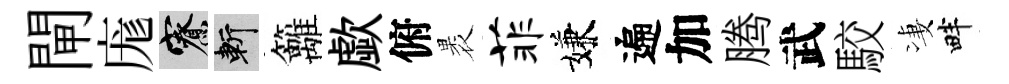
閘庬寮斬籬歔俯褁菲嫌遍加腾武駮凄畔